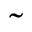
\tilde { }